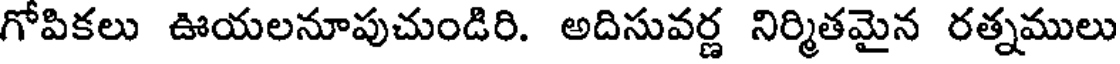
గోపికలు ఊయలనూపుచుండిరి. అదిసువర్ణ నిర్మితమైన రత్నములు